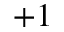
+ 1